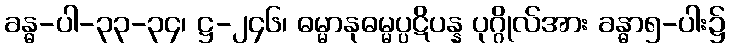
ခန္ဓ-ပါ-၃၃-၃၄၊ ဋ္ဌ-၂၄၆၊ ဓမ္မာနုဓမ္မပ္ပဋိပန္န ပုဂ္ဂိုလ်အား ခန္ဓာ၅-ပါး၌